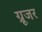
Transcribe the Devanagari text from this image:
ग्रूजर